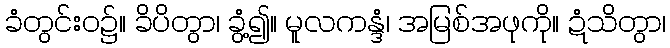
ခံတွင်းဝ၌။ ခိပိတွာ၊ ခွံ့၍။ မူလကန္ဒံ၊ အမြစ်အဖုကို။ ဍံသိတွာ၊